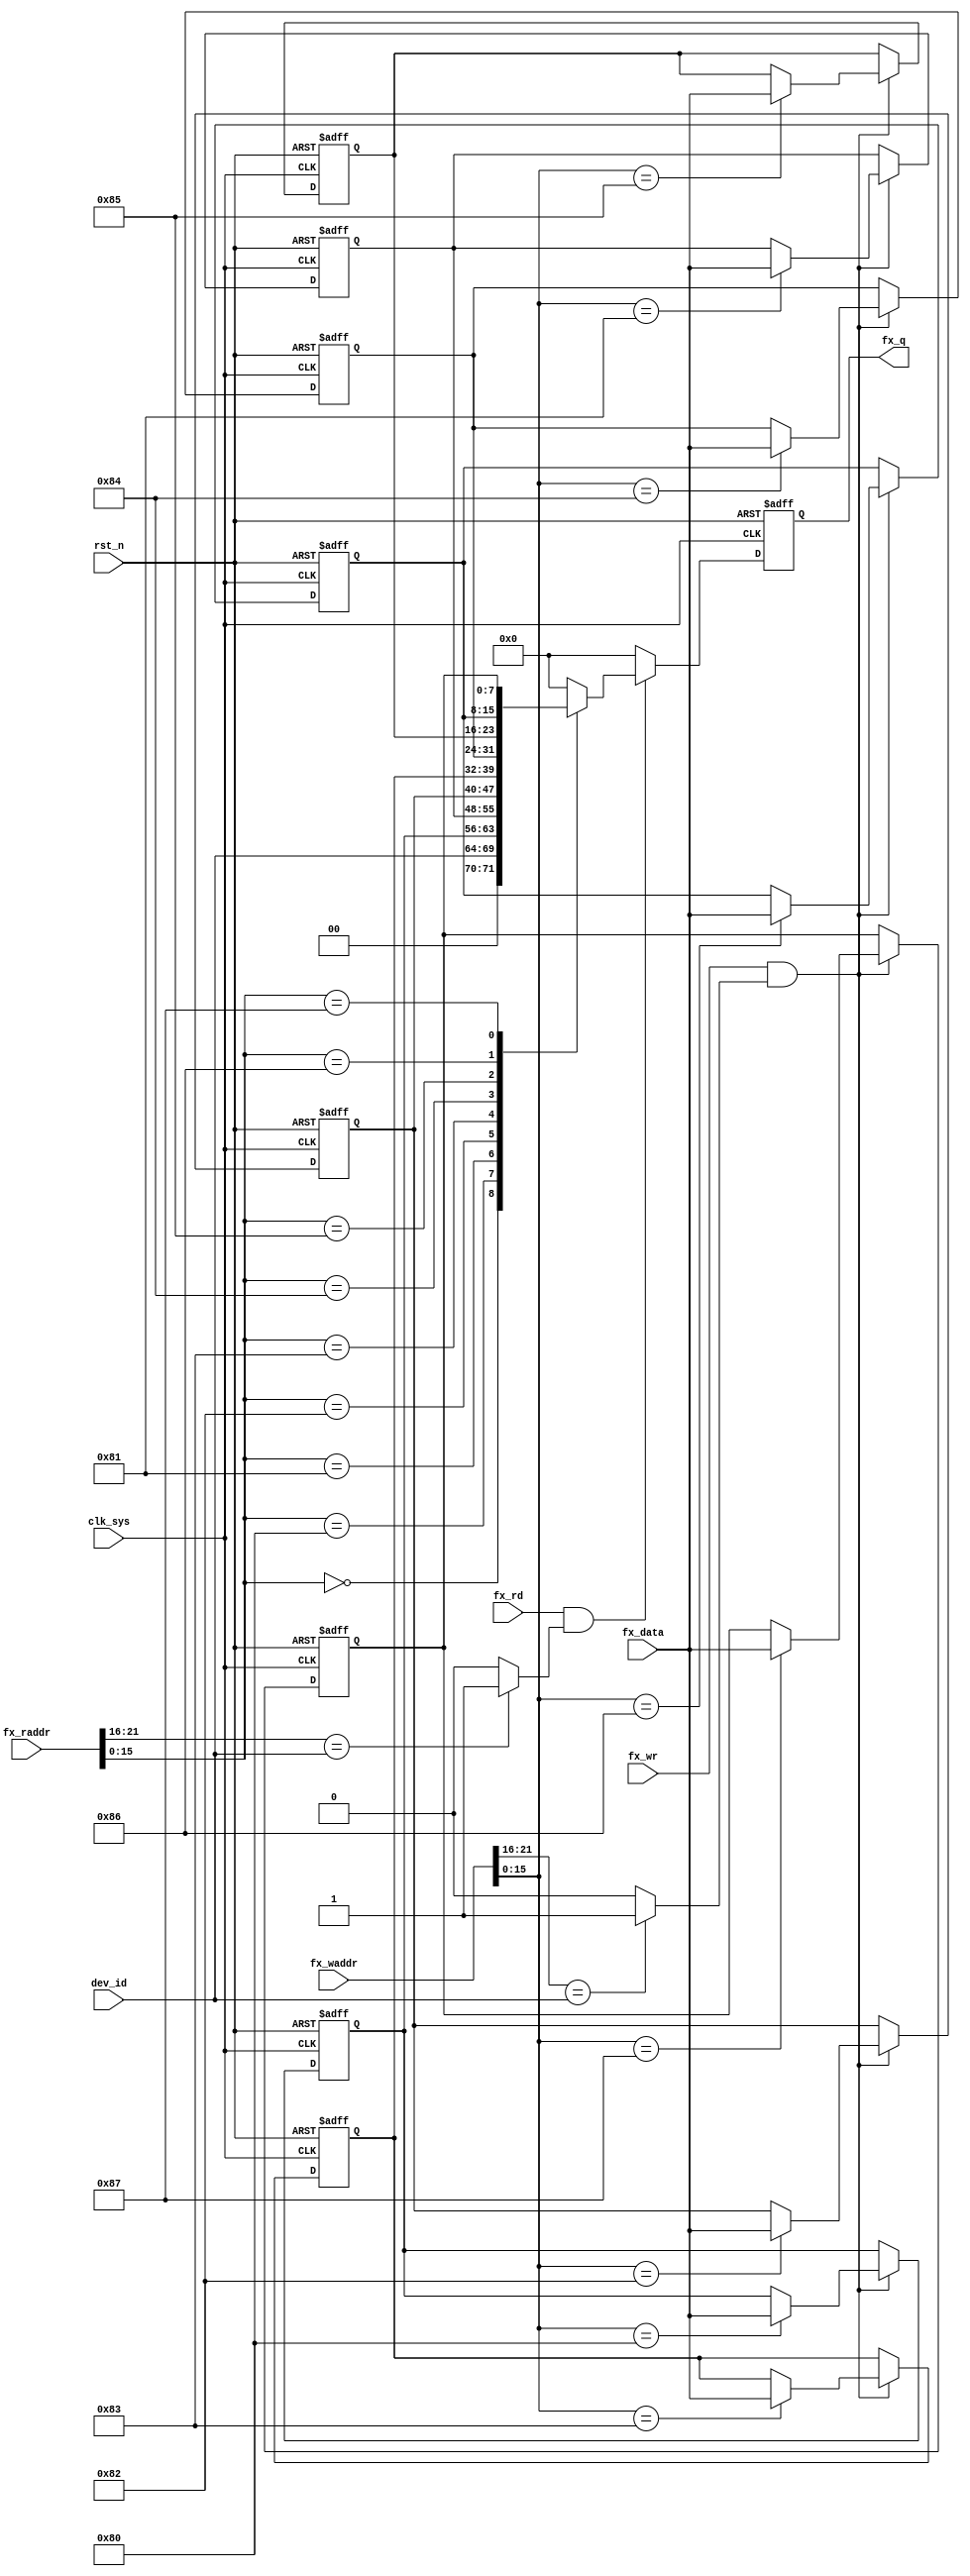
//cfg_reg.v

module cfg_reg(
//fx bus
fx_waddr,
fx_wr,
fx_data,
fx_rd,
fx_raddr,
fx_q,
//clk rst
dev_id,
clk_sys,
rst_n

);

//fx_bus
input 				fx_wr;
input [7:0]		fx_data;
input [21:0]	fx_waddr;
input [21:0]	fx_raddr;
input 				fx_rd;
output  [7:0]	fx_q;
//clk rst
input [5:0] dev_id;
input clk_sys;
input rst_n;

//-----------------------------------------
//-----------------------------------------

wire dev_wsel = (fx_waddr[21:16]== dev_id) ? 1'b1 :1'b0;
wire dev_rsel = (fx_raddr[21:16]== dev_id) ? 1'b1 :1'b0;

wire now_wr = fx_wr & dev_wsel;
wire now_rd = fx_rd & dev_rsel;


//--------- register --------
reg [7:0] cfg_dbg0;
reg [7:0] cfg_dbg1;
reg [7:0] cfg_dbg2;
reg [7:0] cfg_dbg3;
reg [7:0] cfg_dbg4;
reg [7:0] cfg_dbg5;
reg [7:0] cfg_dbg6;
reg [7:0] cfg_dbg7;



//--------- write register ----------
always @ (posedge clk_sys or negedge rst_n)	begin
	if(~rst_n)	begin
		cfg_dbg0 <= 8'h80;
		cfg_dbg1 <= 8'h81;
		cfg_dbg2 <= 8'h82;
		cfg_dbg3 <= 8'h83;
		cfg_dbg4 <= 8'h84;
		cfg_dbg5 <= 8'h85;
		cfg_dbg6 <= 8'h86;
		cfg_dbg7 <= 8'h87;
	end
	else if(now_wr) begin
		case(fx_waddr[15:0])
			16'h80 : cfg_dbg0 <= fx_data;
			16'h81 : cfg_dbg1 <= fx_data;
			16'h82 : cfg_dbg2 <= fx_data;
			16'h83 : cfg_dbg3 <= fx_data;
			16'h84 : cfg_dbg4 <= fx_data;
			16'h85 : cfg_dbg5 <= fx_data;
			16'h86 : cfg_dbg6 <= fx_data;
			16'h87 : cfg_dbg7 <= fx_data;
			default : ;
		endcase
	end
	else ;
end
			

//---------- read register ---------
reg [7:0] q0;
always @(posedge clk_sys or negedge rst_n)	begin
	if(~rst_n) begin
		q0 <= 8'h0;
	end
	else if(now_rd) begin
		case(fx_raddr[15:0])
			16'h0  : q0 <= dev_id;
			16'h80 : q0 <= cfg_dbg0;
			16'h81 : q0 <= cfg_dbg1;
			16'h82 : q0 <= cfg_dbg2;
			16'h83 : q0 <= cfg_dbg3;
			16'h84 : q0 <= cfg_dbg4;
			16'h85 : q0 <= cfg_dbg5;
			16'h86 : q0 <= cfg_dbg6;
			16'h87 : q0 <= cfg_dbg7;
			
			default : q0 <= 8'h0;
		endcase
	end
	else 
		q0 <= 8'h0;
end

wire [7:0] fx_q;
assign fx_q = q0;
	
	
endmodule